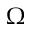
\Omega